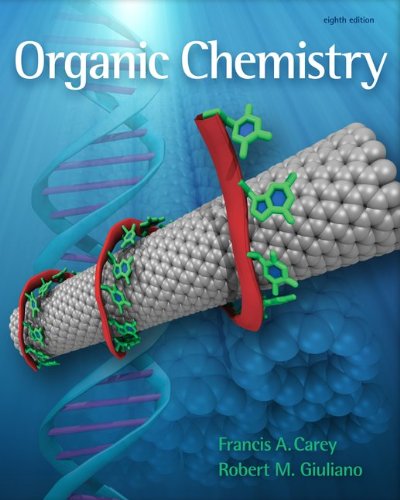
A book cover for Organic Chemistry, 8th Edition; Francis A. Carey; Science & Math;